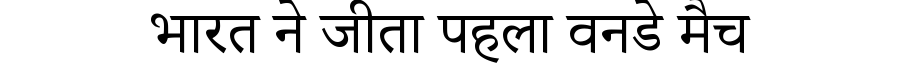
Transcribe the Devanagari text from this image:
भारत ने जीता पहला वनडे मैच